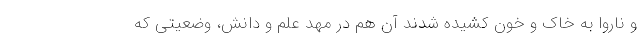
و ناروا به خاک و خون کشیده شدند آن هم در مهد علم و دانش، وضعیتی که